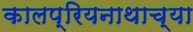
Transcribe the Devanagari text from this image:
कालप्रियनाथाच्या